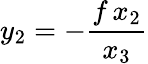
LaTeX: y_{2}=-{\frac{f\, x_{2}}{x_{3}}}